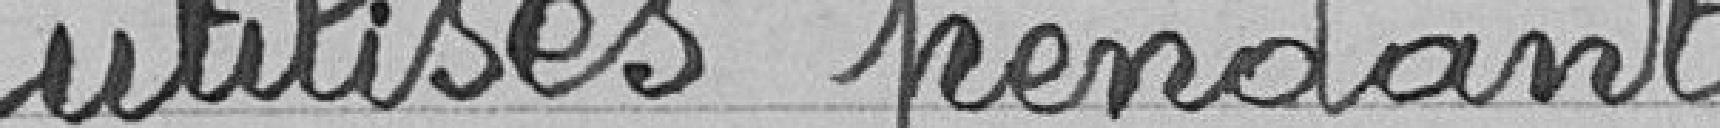
utilisés pendant